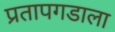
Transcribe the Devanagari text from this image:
प्रतापगडाला